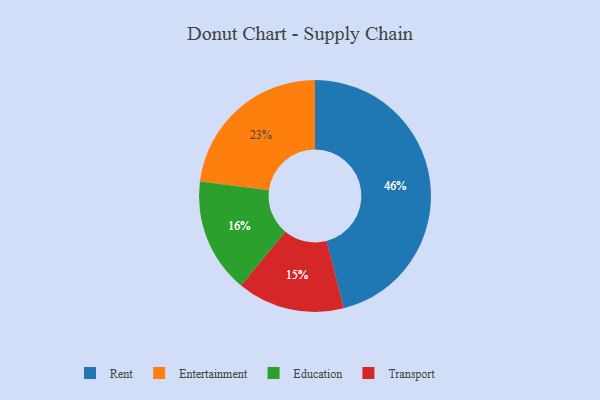
{"axis": {"x": "Category", "y": "Percentage"}, "legend": ["Education", "Entertainment", "Rent", "Transport"], "data": [{"x": "Entertainment", "y": 23, "type": "Entertainment"}, {"x": "Education", "y": 16, "type": "Education"}, {"x": "Transport", "y": 15, "type": "Transport"}, {"x": "Rent", "y": 46, "type": "Rent"}]}